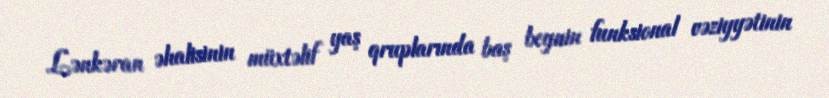
Lənkəran əhalisinin müxtəlif yaş qruplarında baş beynin funksional vəziyyətinin